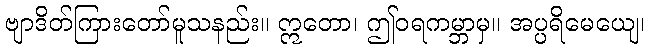
ဗျာဒိတ်ကြားတော်မူသနည်း။ ဣတော၊ ဤဝရကမ္ဘာမှ။ အပ္ပရိမေယျေ၊